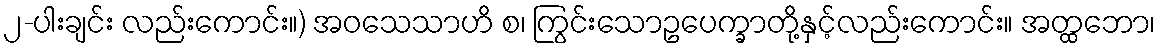
၂-ပါးချင်း လည်းကောင်း။) အဝသေသာဟိ စ၊ ကြွင်းသောဥပေက္ခာတို့နှင့်လည်းကောင်း။ အတ္ထဘော၊